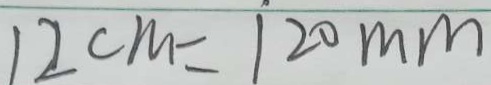
1 2 c m = 1 2 0 m m